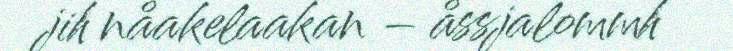
jih nåakelaakan – åssjalommh